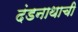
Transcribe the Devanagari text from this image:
दंडनाथाची